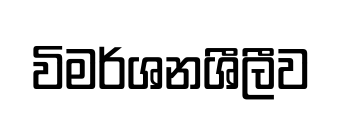
විමර්ශනශීලීව